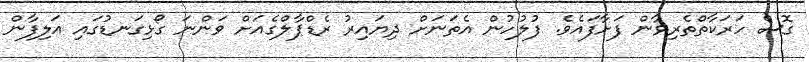
ގޮސް ހަރަކާތްތެރިވާން ފަށާފައެވެ. ފުލުހުން އެތަނަށް ދިޔައިރު ރެޑްޕާލްގެއަށް ވަންނަ ގޯޅިގަނޑުގައި އަލިފާން